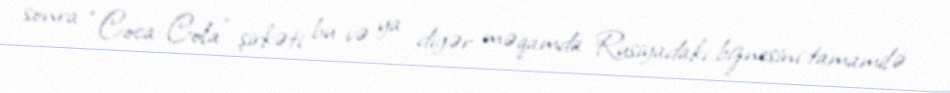
sonra “Coca-Cola” şirkəti bu və ya digər məqamda Rusiyadakı biznesini tamamilə